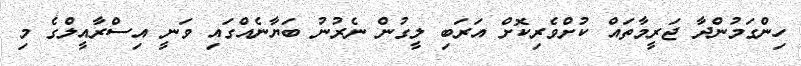
ހިންގަމުންދާ ޖަރީމާތައް ކުށްވެރިކޮށް އަރަބި ލީގުން ނެރުނު ބަޔާނެއްގައި ވަނީ އިސްރާއީލްގެ މި